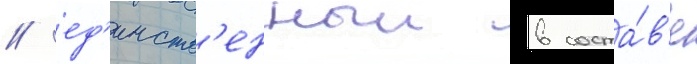
/ ед'инств'енныи в соста́в'е